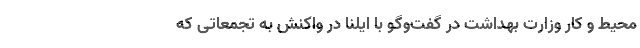
محیط و کار وزارت بهداشت در گفت‌وگو با ایلنا در واکنش به تجمعاتی که